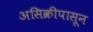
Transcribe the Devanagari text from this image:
असिक्रीपासून